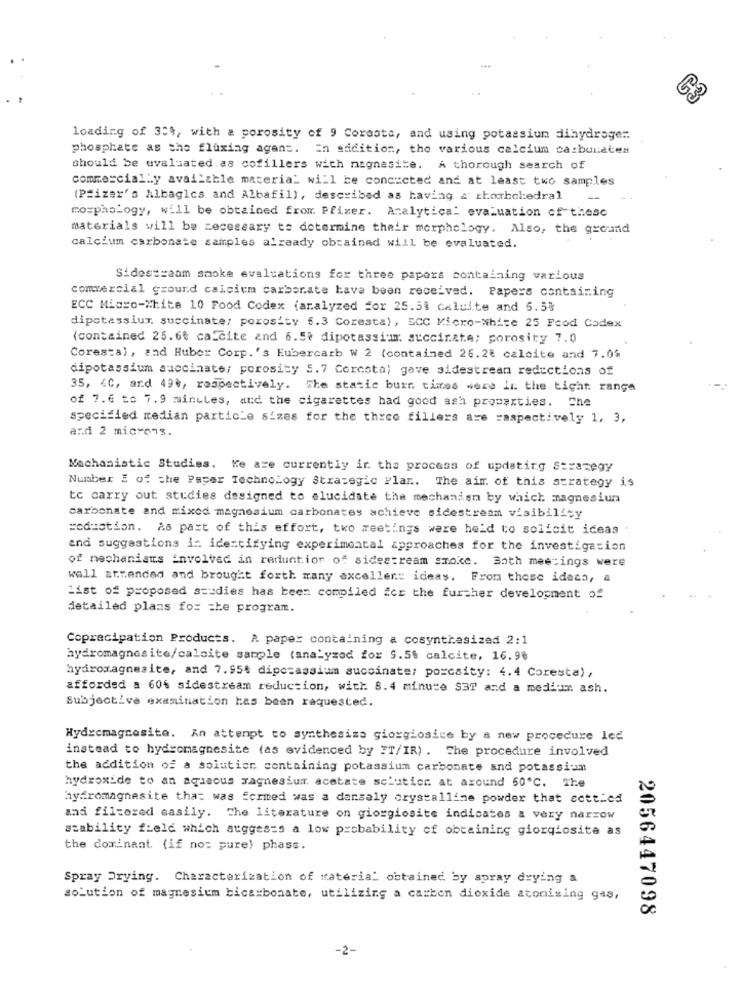
loading of 3't, with a porosity of 9 Coresta, and using potassium dihydroge:
phosphate as the flaxing agent. En addition, the various calcium carbonates
should be evaluated.as cofillers with magnesite.
A thorough search of
commercially available materia_ will be concicted and at least two samples
(Pfizer's Albagles and Albafil), described as having & rborbohedral
mo=phology, will be obtained from. Pfizer. Analytical evaluation of these
materials will be necessary to determine their morphology. Also, the ground
calcium carbonate samples already obtained will be evaluated.
Sidestraam smoke evaluations for three papers containing various
commercial ground calcium carbonate have been received. Papers containing
ECC Micro-White 10 Food Codex (analyzed for 25.39 celuite and 5.5%
dipotassium. succinate; porosity 6.3 Coresta), ECC Micro-White 25 Food Codex
(contained 25.60 ca_cite and 6.5? dipotassium succinate; porosity 7.0
Corestal, and Huber Corp.'s Eubercarb W 2 (contained 26.28 calcite and 7.0%
dipotassium succinate; porosity 5.7 Corcota) gave sidestream reductions of
35, < C, and 49%, respectively. The static burn times were in the tight range
of 7.6 to 7.9 minules, and the cigarettes had good ash properties. Che
specified redian particle sizes for the three fillers are saspectively 1, 3,
and 2 microns.
Mechanistic Studies. Ke are currently ir the process of updating Strategy
Number : of the Paper Technology Strategic Plan. The aim of this strategy is
to carry out studies designed to elucidate the mechanism by which magnesium
carbonate and mixed magnesium carbonates achieve sidestream visibility
=oduction. As part of this effort, two meetings were held to solicit ideas
and suggestions in identifying experimental approaches for the investigation
of mechanisms involved in reruntior of sidestream smoke. Both meetings were
well attended and brought forth many exceller: ideas. From these ideas, a
List of proposed studies has been compiled for the further development of
detailed plans for the program.
Copracipation Products. A paper containing a cosynthesized 2:1
hydromagnosite/calcite sample (analyzed for 5.5% calcite, 16.98
hydromagnesite, and 7.95€ dipotassium succinate; porcaity: 4.4 Coresta),
afforded a 60% sidestream reduction, with. 8.4 minute $37 and a medium ash.
Subjective examination has been requested.
Hydrcmagnesite. An attempt to synthesize giorgiosice by a new procedure led
instead to hydromagnesite (as evidenced by IT/IR) . The procedure involved
the addition of a solution containing potassium carbonate and potassium
hydroxide to an aqueous magnesium acetate sciutior. at around 50℃. The
hyfromagnesite that was formed was a dansaly crystalline powder that ccttled
and filtered easily. The literature on giorgiosite indicates a very narrow
stability field which atgges=s a low probability of obtaining giorgiosite as
the dominant. (if no: pure) phase.
Spray Drying. Characterization of material obtained by spray drying a
solution of magnesium bicarbonate, utilizing a carbon dioxide atonising gas,
2056447098
-2-